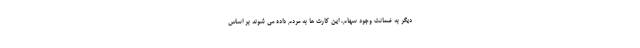
دیگر به ضمانت وجود سهام، این کارت ها به مردم داده می شوند‌ بر اساس